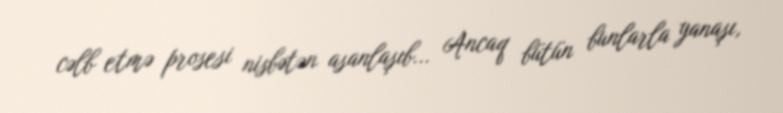
cəlb etmə prosesi nisbətən asanlaşıb... Ancaq bütün bunlarla yanaşı,